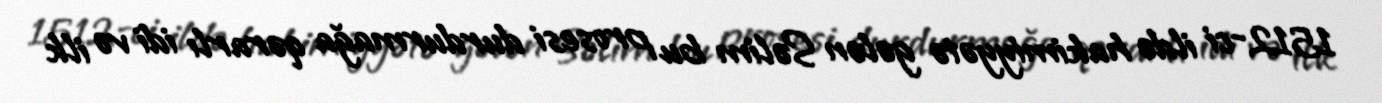
1512-ci ildə hakimiyyətə gələn Səlim bu prosesi durdurmağa qərarlı idi və ilk